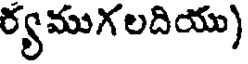
ర్యముగలదియు)